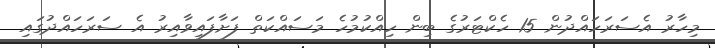
މިހާރު އެސަރަހައްދުން 15 ހެކްޓަރުގެ ބިން ހިއްކުމުހެ މަސައްކަތް ފަށާފައިވާއިރު އެ ސަރަހައްދުގައި